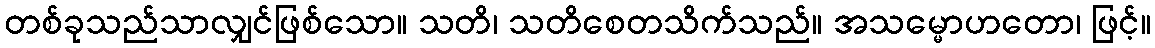
တစ်ခုသည်သာလျှင်ဖြစ်သော။ သတိ၊ သတိစေတသိက်သည်။ အသမ္မောဟတော၊ ဖြင့်။